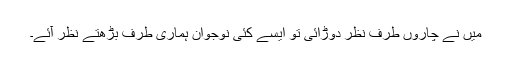
میں نے چاروں طرف نظر دوڑائی تو ایسے کئی نوجوان ہماری طرف بڑھتے نظر آئے۔